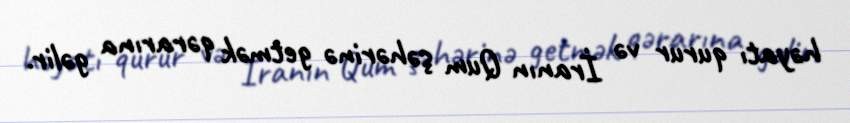
həyatı qurur və İranın Qum şəhərinə getmək qərarına gəlir.